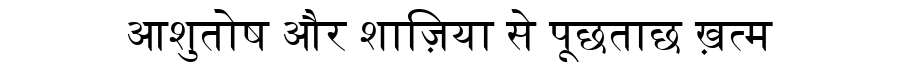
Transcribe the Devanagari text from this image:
आशुतोष और शाज़िया से पूछताछ ख़त्म